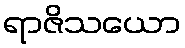
ရာဇိသယော